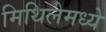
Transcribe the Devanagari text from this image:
मिथिलेमध्ये